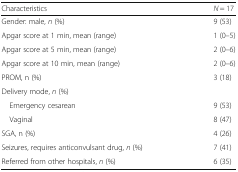
<table><thead><tr><td><b>Characteristics</b></td><td><b><i>N</i> = 17</b></td></tr></thead><tbody><tr><td>Gender: male, <i>n</i> (%)</td><td>9 (53)</td></tr><tr><td>Apgar score at 1 min, mean (range)</td><td>1 (0–5)</td></tr><tr><td>Apgar score at 5 min, mean (range)</td><td>2 (0–6)</td></tr><tr><td>Apgar score at 10 min, mean (range)</td><td>2 (0–6)</td></tr><tr><td>PROM, n (%)</td><td>3 (18)</td></tr><tr><td colspan="2">Delivery mode, <i>n</i> (%)</td></tr><tr><td> Emergency cesarean</td><td>9 (53)</td></tr><tr><td> Vaginal</td><td>8 (47)</td></tr><tr><td>SGA, n (%)</td><td>4 (26)</td></tr><tr><td>Seizures, requires anticonvulsant drug, <i>n</i> (%)</td><td>7 (41)</td></tr><tr><td>Referred from other hospitals, <i>n</i> (%)</td><td>6 (35)</td></tr></tbody></table>